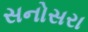
સનોસરા